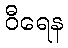
ဝီရေန